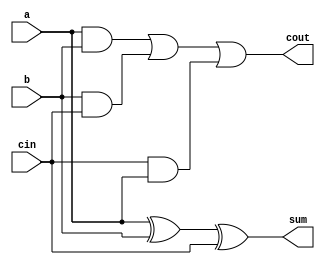
`timescale 1ns / 1ps
//////////////////////////////////////////////////////////////////////////////////
// Company: 
// Engineer: 
// 
// Design Name: 
// Module Name: FullAdder
// Project Name: 
// Target Devices: 
// Tool Versions: 
// Description: 
// 
// Dependencies: 
// 
// Revision:
// Revision 0.01 - File Created
// Additional Comments:
// 
//////////////////////////////////////////////////////////////////////////////////


module FullAdder(
    input a,
    input b,
    input cin,
    output sum,
    output cout
);
    // Logic for sum and carry out
    assign sum = a ^ b ^ cin; // XOR for sum
    assign cout = (a & b) | (b & cin) | (cin & a); // OR for carry out
    
endmodule